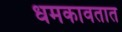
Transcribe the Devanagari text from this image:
धमकावतात